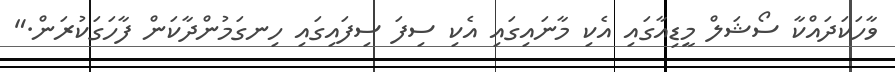
ވާހަކަދައްކާ ސޯޝަލް މީޑިއާގައި އެކި މާނައިގައި އެކި ސިފަ ސިފައިގައި ހިނގަމުންދާކަން ފާހަަގަކުރަން."